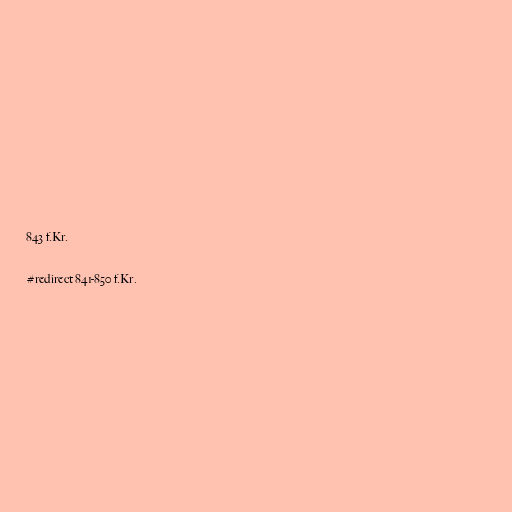
843 f.Kr.

#redirect 841-850 f.Kr.